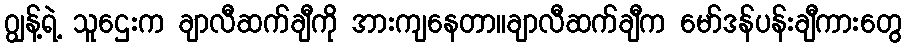
ဂျွန့်ရဲ့ သူဌေးက ချာလီဆက်ချီကို အားကျနေတာ။ချာလီဆက်ချီက မော်ဒန်ပန်းချီကားတွေ